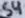
Text: S4